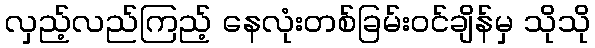
လှည့်လည်ကြည့် နေလုံးတစ်ခြမ်းဝင်ချိန်မှ သိုသို